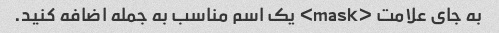
به جای علامت <mask> یک اسم مناسب به جمله اضافه کنید.